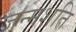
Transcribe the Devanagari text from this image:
जन्मशति